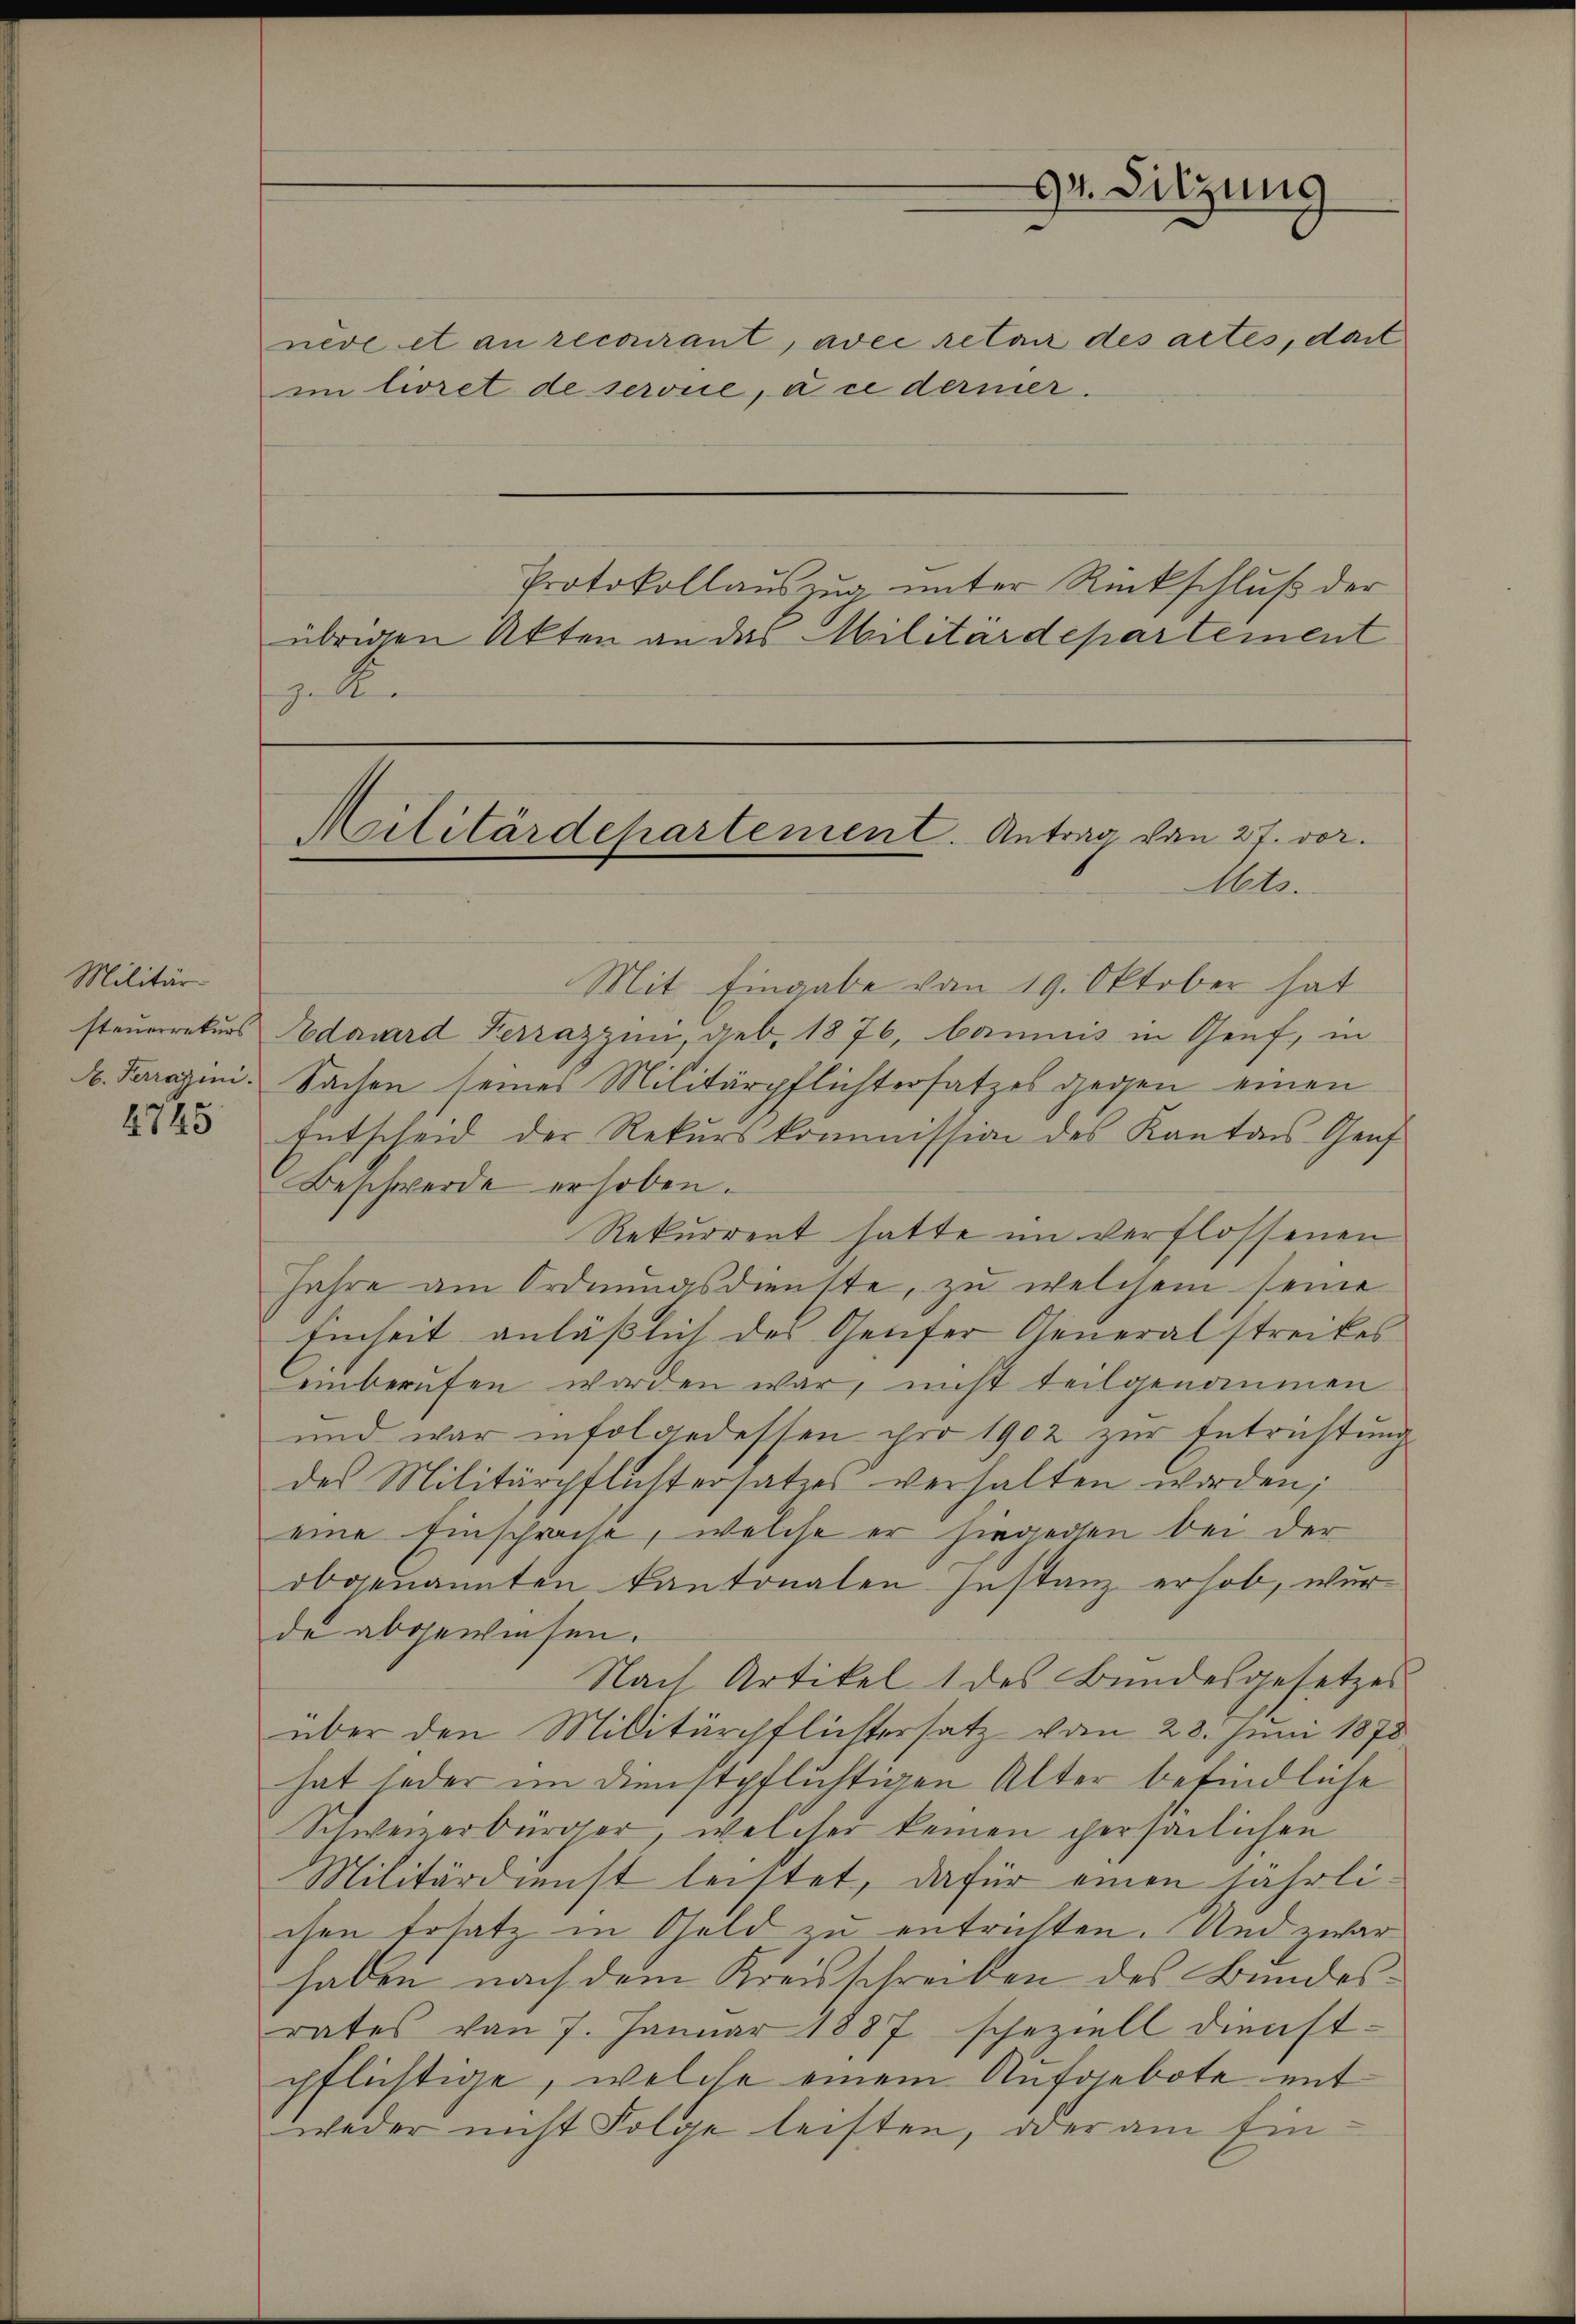
Militär-
4745

neve et an recourant, avec retair des actes, dart
im livret de serone, u e dermer.
Protokollauszug unter Rückschluß der
übrigen Akten an das Militärdepartement
gebie

Militärdepartement. Antrag von 27. vor.
Mt.

Dr. Sitzung

Mit Eingabe vom 19. Oktober hat
steuerrekurs Adouard Ferrazzini, dieb. 1876, boumis in Genf, in
A. Paragini. Sachen seines Militärpflichtersatzes gegen einen
Entscheid der Rekurskommission des Kantons Genf
Beschwerde erhoben.
Rekurrent hatte im verflossenen
Jahre am Ordnungsdienste, zu welchem seine
Einheit anlässlich des Genfer Generalstreikes
einberufen worden war, nicht teilgenommen
und war infolgedessen ihre 1902 zŭr Entrichtŭng
des Militärpflistersatzes verhalten worden;
eine Einschräche, welche er hiegegen bei der
obgenannten Kantonalen Instanz erhob, wurde abgewiesen.
Nach Artikel 1 des Bundesgesetzes
über den Militärpflichtersatz vom 28. Juni 1878
hat jeder im Dienstpflüchtigen Alter befindliche
Schweizerbürger, welcher keinen persönlichen
Militärdienst leistet, dafür einen jährlichen Ersatz in Geld zu entrichten. Und zwar
haben nach dem Kreisschreiben des Bundesrates von 7. Januar 1887 scheziell dienst-
pflichtige, welche einem Anfoebote mit
weder nicht Folge leisten, oder am Ein¬